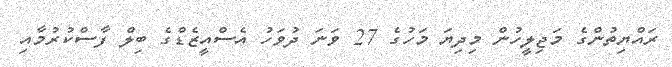
ރައްޔިތުންގެ މަޖިލީހުން މިދިޔަ މަހުގެ 27 ވަނަ ދުވަހު އެސްއީޒެޑްގެ ބިލް ފާސްކުރުމާއި